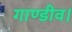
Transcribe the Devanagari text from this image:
गाण्डीव।